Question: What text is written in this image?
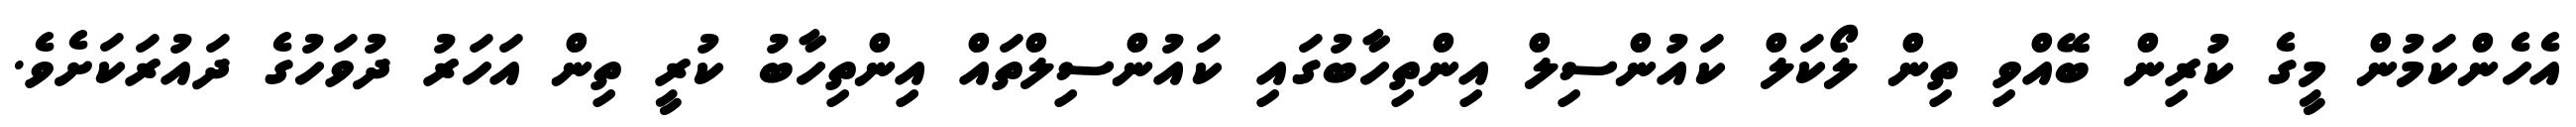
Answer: އެހެންކަމުން މީގެ ކުރިން ބޭއްވި ތިން ލޯކަލް ކައުންސިލް އިންތިހާބުގައި ކައުންސިލްތައް އިންތިހާބު ކުރީ ތިން އަހަރު ދުވަހުގެ ދައުރަކަށެވެ.